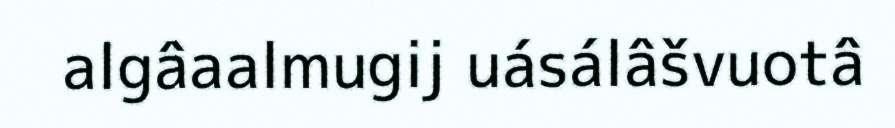
algâaalmugij uásálâšvuotâ